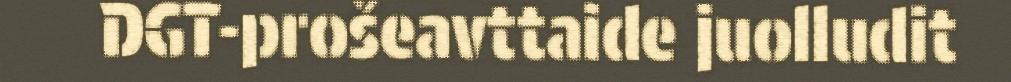
DGT-prošeavttaide juolludit